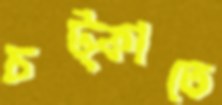
চট্‌কাতে